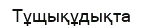
Тұщықұдықта